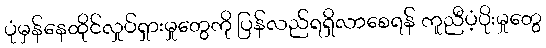
ပုံမှန်နေထိုင်လှုပ်ရှားမှုတွေကို ပြန်လည်ရရှိလာစေရန် ကူညီပံ့ပိုးမှုတွေ